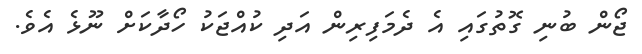
ޖޯން ބުނި ގޮތުގައި އެ ދެމަފިރިން އަދި ކުއްޖަކު ހޯދާކަށް ނޫޅެ އެވެ.